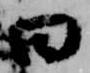
曰